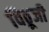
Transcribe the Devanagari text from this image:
विठूजी